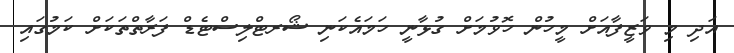
އަދި މި ވަޒީފާއަށް މީހުން ހޮވުމަށް ގުޅާނީ ހަމައެކަނި ޝޯރޓްލިސްޓެޑް ފަރާތްތަކަށް ކަމުގައި